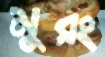
মুরং